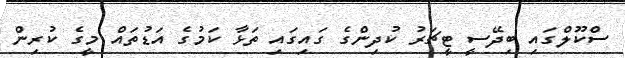
ސްކޫލްގައި ބިދޭސީ ޓީޗަރު ކުދިންގެ ގައިގައި ތަޅާ ކަމުގެ އަޑުތައް މީގެ ކުރިން